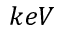
k e V